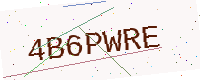
Text: 4B6PWRE